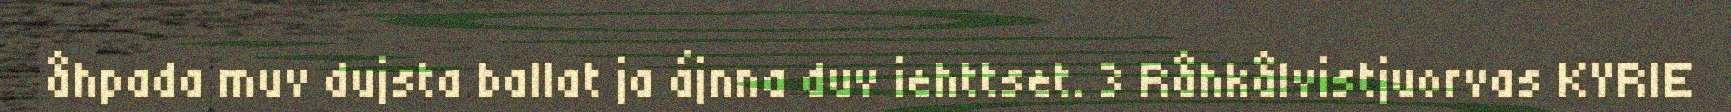
åhpada muv dujsta ballat ja ájnna duv iehttset. 3 Råhkålvistjuorvas KYRIE